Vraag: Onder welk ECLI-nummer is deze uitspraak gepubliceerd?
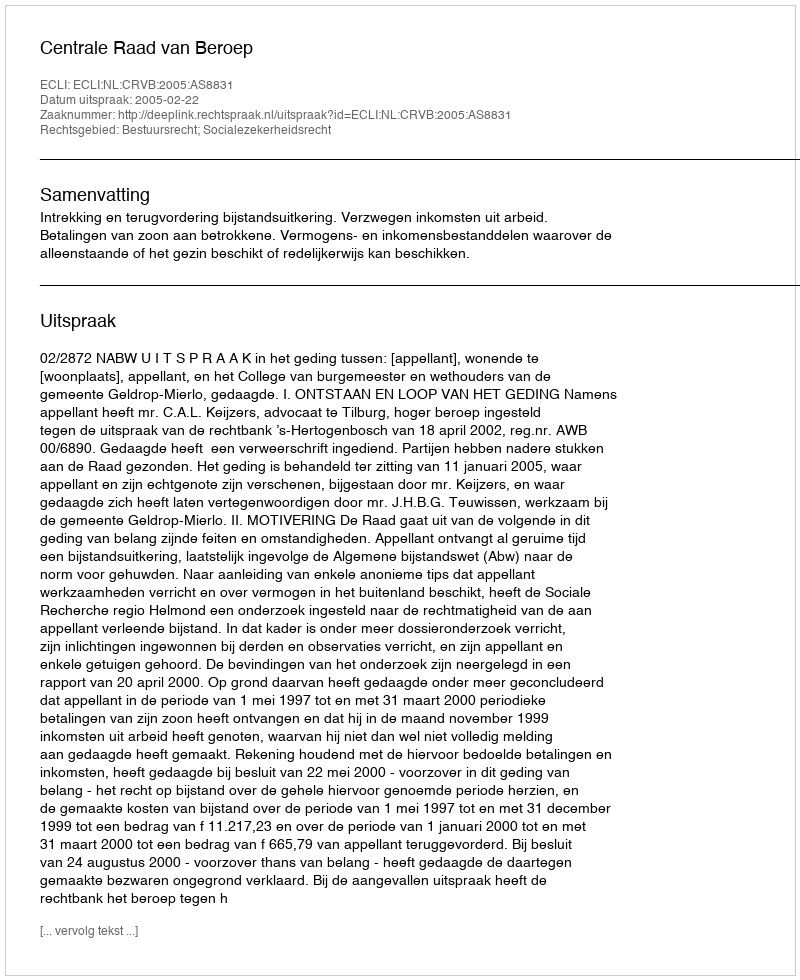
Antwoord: ECLI:NL:CRVB:2005:AS8831